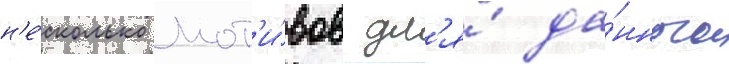
н'е́сколько мот'и́вов дл'я́ да́нного